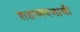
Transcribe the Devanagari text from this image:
शहाणपणाची